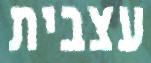
עצבית